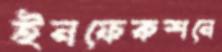
ইনফেকশনে